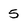
Character: 5